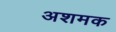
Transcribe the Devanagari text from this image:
अशमक